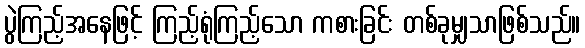
ပွဲကြည့်အနေဖြင့် ကြည့်ရုံကြည့်သော ကစားခြင်း တစ်ခုမျှသာဖြစ်သည်။